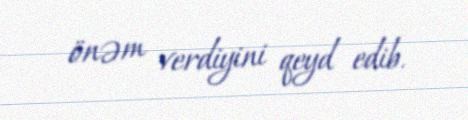
önəm verdiyini qeyd edib.